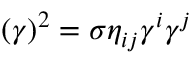
( \gamma ) ^ { 2 } = \sigma \eta _ { i j } \gamma ^ { i } \gamma ^ { j }